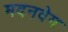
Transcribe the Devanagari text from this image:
मदनवेग